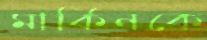
মার্কিনকে